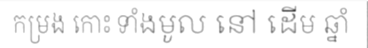
កម្រង កោះ ទាំងមូល នៅ ដើម ឆ្នាំ